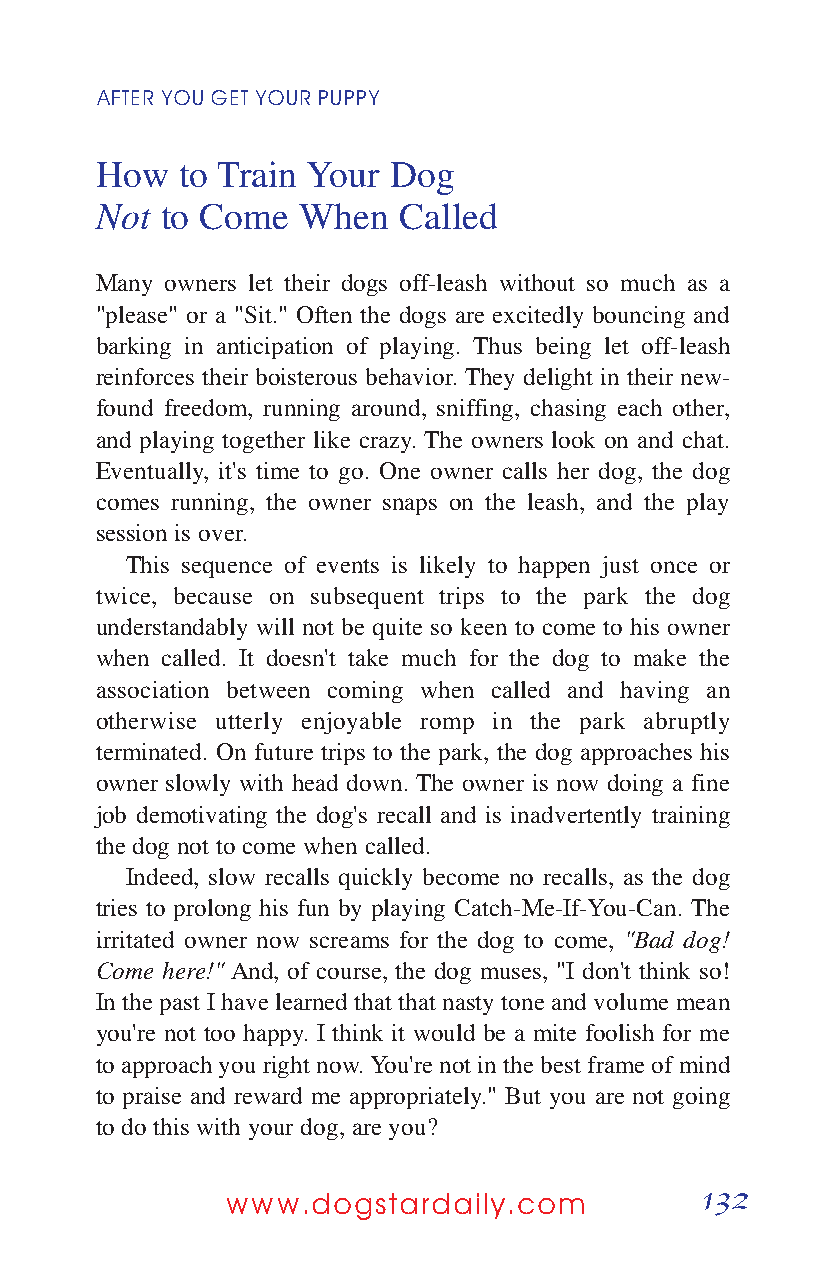
AFTER YOUGETYOURPUPPY
 How   to Train Your Dog
 Not  to Come  When  Called
 Many owners let their dogs off-leash without so much as a
 "please" or a "Sit." Often the dogs are excitedly bouncing and
 barking in anticipation of playing. Thus being let off-leash
 reinforces their boisterous behavior. They delight in their new-
 found freedom, running around, sniffing, chasing each other,
 and playing together like crazy. The owners look on and chat.
 Eventually, it's time to go. One owner calls her dog, the dog
 comes running, the owner snaps on the leash, and the play
 session is over.
 This sequence of events is likely to happen just once or
 twice, because on subsequent trips to the park the dog
 understandably will not be quite so keen to come to his owner
 when called. It doesn't take much for the dog to make the
 association between coming when called and having an
 otherwise utterly enjoyable romp in the park abruptly
 terminated. On future trips to the park, the dog approaches his
 owner slowly with head down. The owner is now doing a fine
 job demotivating the dog's recall and is inadvertently training
 the dog not to come when called.
 Indeed, slow recalls quickly become no recalls, as the dog
 tries to prolong his fun by playing Catch-Me-If-You-Can. The
 irritated owner now screams for the dog to come, "Bad dog!
 Come here!" And, of course, the dog muses, "I don't think so!
 In the past I have learned that that nasty tone and volume mean
 you're not too happy. I think it would be a mite foolish for me
 to approach you right now. You're not in the best frame of mind
 to praise and reward me appropriately." But you are not going
 to do this with your dog, are you?
 132
 www.dogstardaily.com